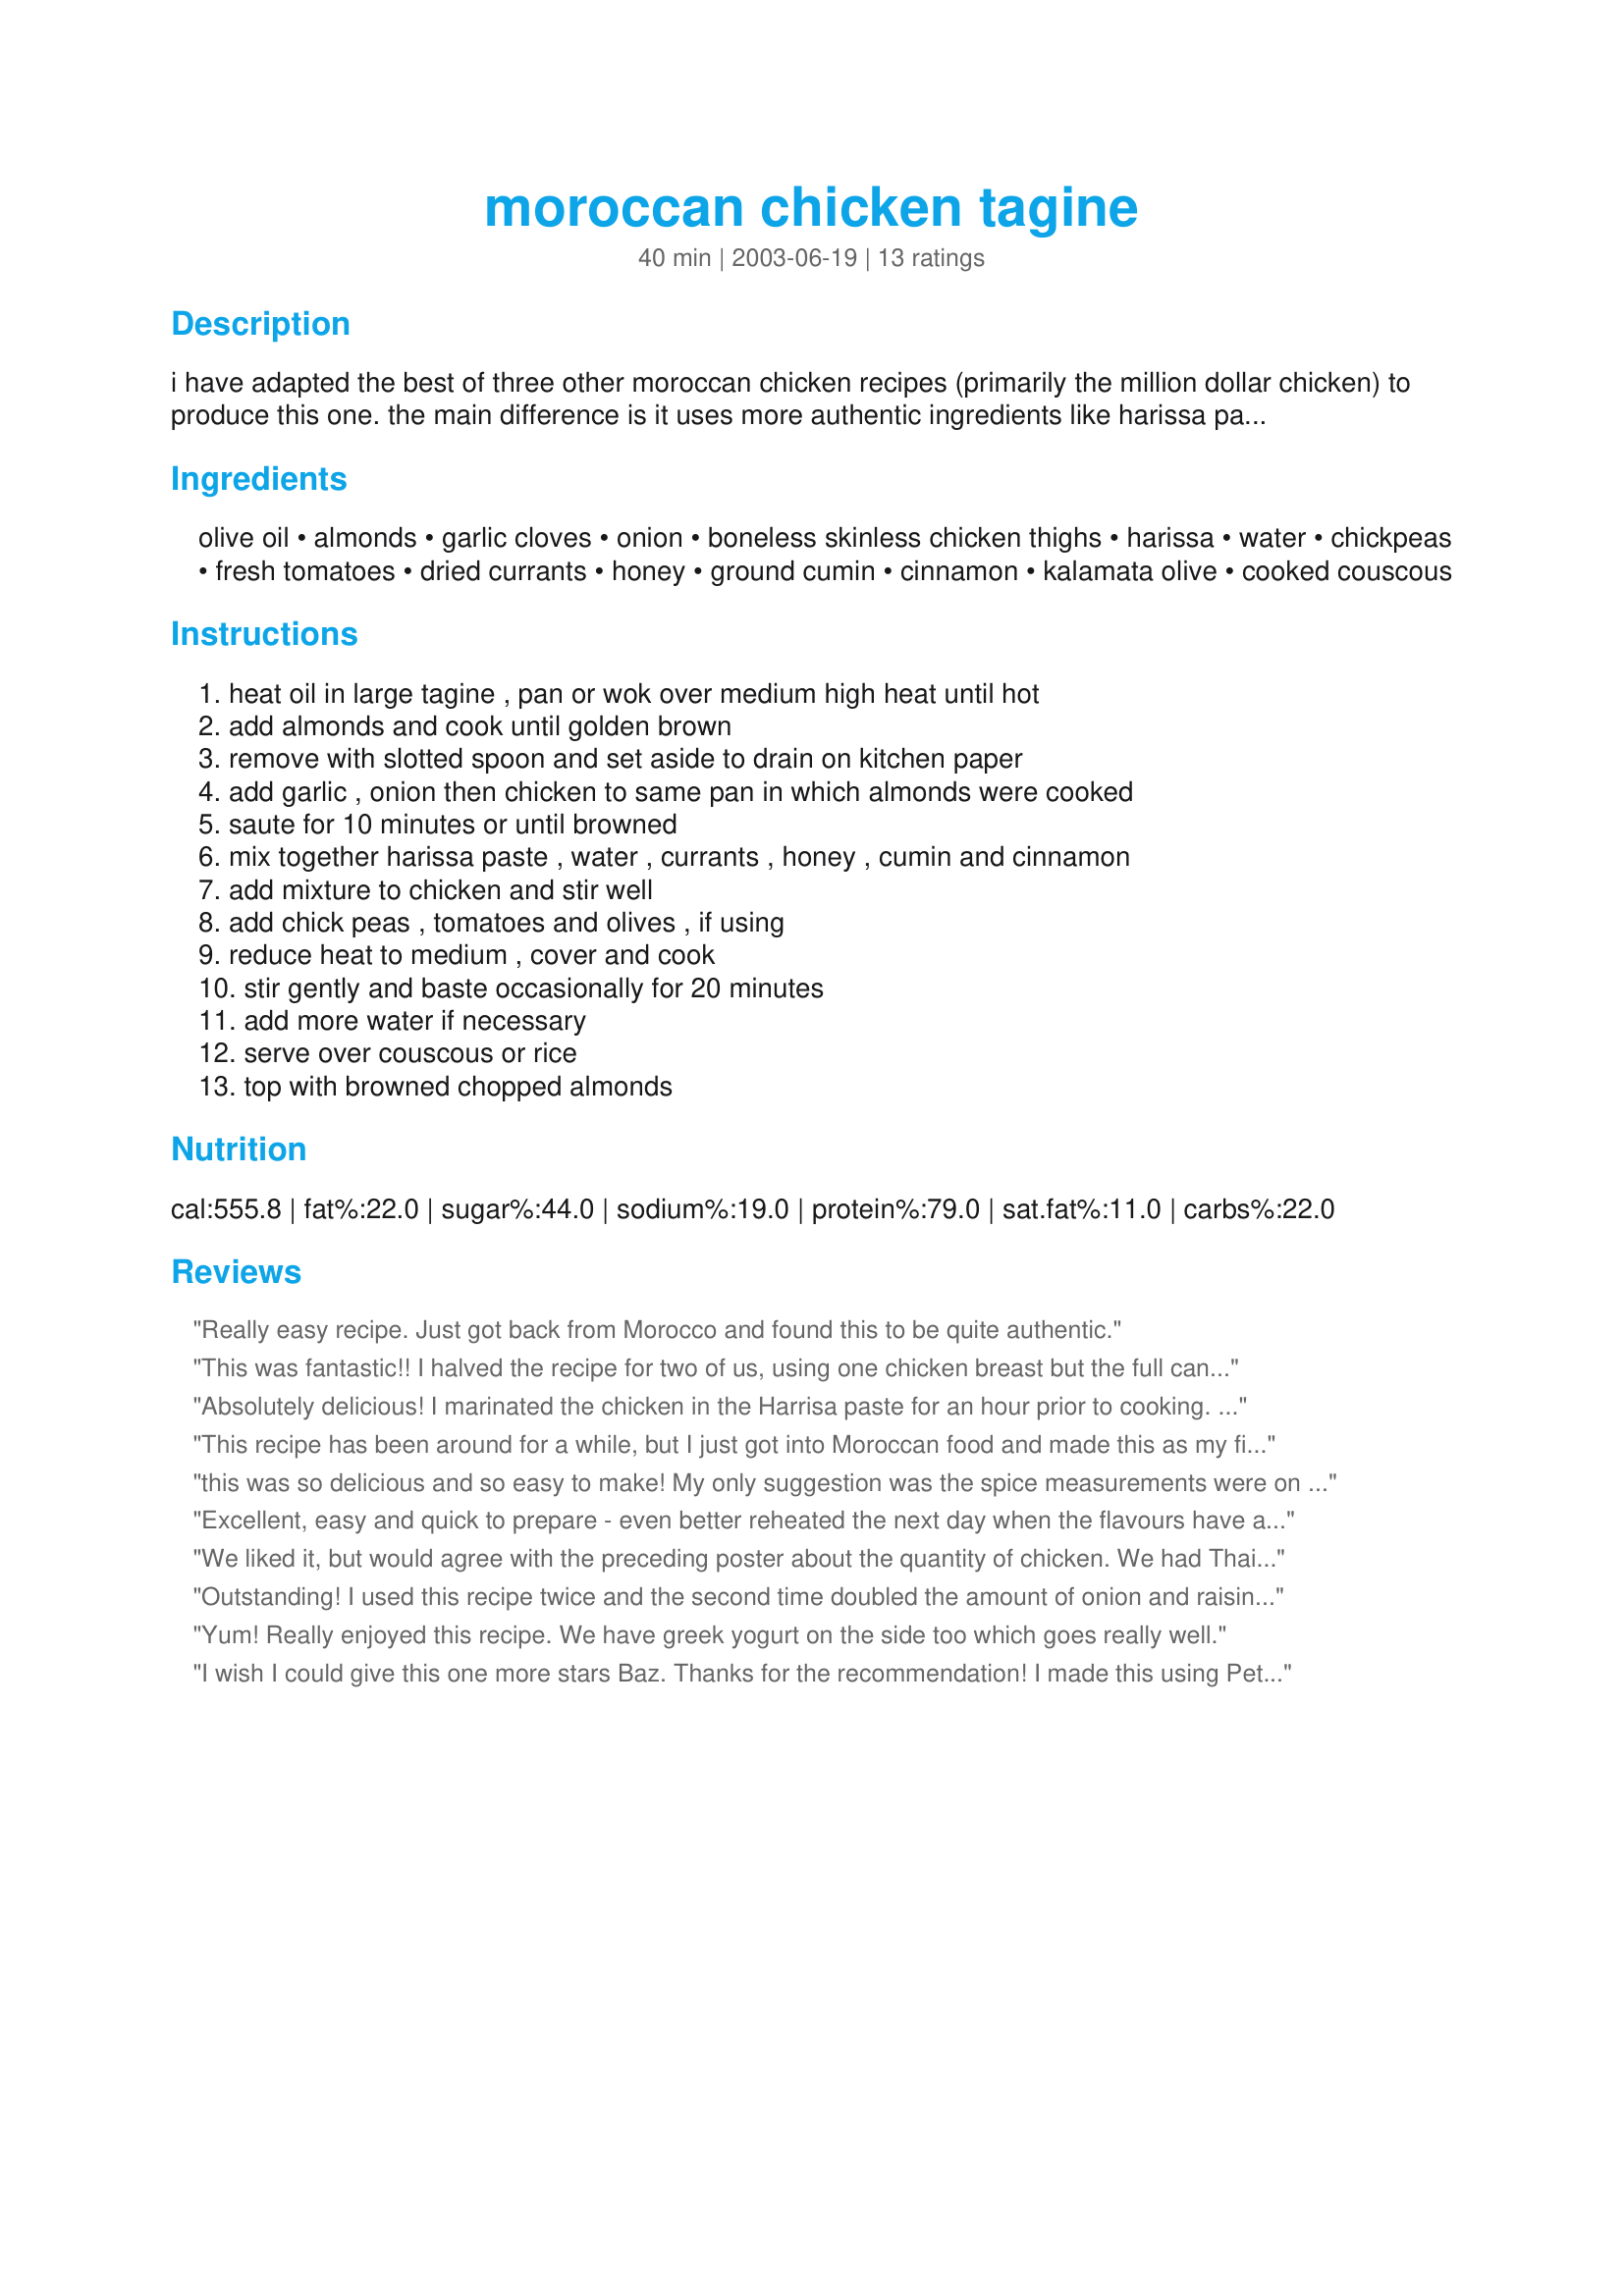
moroccan chicken tagine
Preparation time: 40 minutes

i have adapted the best of three other moroccan chicken recipes (primarily the million dollar chicken) to produce this one. the main difference is it uses more authentic ingredients like harissa paste, onions and chick peas. this is now one of my favourite dishes.

Ingredients:
olive oil, almonds, garlic cloves, onion, boneless skinless chicken thighs, harissa, water, chickpeas, fresh tomatoes, dried currants, honey, ground cumin, cinnamon, kalamata olive, cooked couscous

Steps:
heat oil in large tagine , pan or wok over medium high heat until hot, add almonds and cook until golden brown, remove with slotted spoon and set aside to drain on kitchen paper, add garlic , onion then chicken to same pan in which almonds were cooked, saute for 10 minutes or until browned, mix together harissa paste , water , currants , honey , cumin and cinnamon, add mixture to chicken and stir well, add chick peas , tomatoes and olives , if using, reduce heat to medium , cover and cook, stir gently and baste occasionally for 20 minutes, add more water if necessary, serve over couscous or rice, top with browned chopped almonds

Reviews:
Really easy recipe. Just got back from Morocco and found this to be quite authentic.
This was fantastic!! I halved the recipe for two of us, using one chicken breast but the full can of chickpeas. Left out the currants (not a fan of them in savoury dishes) and added a bit of lemon juice. Served sprinkled with parsley as well as the almonds with garlic couscous and it was gone in record time! This has gone into the "five star plus must make again" file - thanks so much for the recipe!
Absolutely delicious! I marinated the chicken in the Harrisa paste for an hour prior to cooking. I used Charmane Solomans Harissa paste and used half the jar. (I like spice)

I browned the chicken pieces in 2 tbl spoons of olive oil removed and cleaned pan then added additional tbl of harissa to the pan with the remaining indegriendents and cooked on a slow heat for an hour. Served with your couscous recipe and yogurt, with cucumber, cumin, mint and lemon juice.
This recipe has been around for a while, but I just got into Moroccan food and made this as my first attempt. Made my own harissa from another recipe on this site. We are big Indian food / curry fans but had never had this type of food. The house smelled divine while this was cooking. Oh my, great flavors! This is a winner and a keeper for us.
this was so delicious and so easy to make! My only suggestion was the spice measurements were on the conservative side - I'd add more next time but this was a wonderfully flavorful recipe! Thank you!
Excellent, easy and quick to prepare - even better reheated the next day when the flavours have a chance to blend fully.
We liked it, but would agree with the preceding poster about the quantity of chicken. We had Thai chili paste at hand and cautiously only added 3/4 tablespoon of it, which proved a wise move.
Tasted great the next day, when I added a bit of sour cream and lemon juice to it as well.

Bit fiddly with 3 kids running about underfoot but great overall.
Cas
Outstanding! I used this recipe twice and the second time doubled the amount of onion and raisins, and it turned out even better. The house smelled amazing while I was cooking this. A definite keeper.
Yum! Really enjoyed this recipe. We have greek yogurt on the side too which goes really well.
I wish I could give this one more stars Baz. Thanks for the recommendation! I made this using Peter Watson Harissa (for any Aussies out there) and as I was unsure of it's strength, I used only 6 teaspoons. Next time I'll use the full 2 metric tablespoons!. The only change I made to this recipe was to add 1 teaspoon of salt and to use only enough chicken for the two of us whilst keeping the sauce ingredients the same. 
We ate this over cous cous flavoured with chicken stock and shredded preserved lemon. I will be making this again, and next time I'll sprinkle a half a handful of chopped fresh parsley over it at the end.
A huge hit at dinner party. Fabulous flavor. Will make often.
I used a small can of harissa paste from Tunisa (about 4 or 5 tablespoons in a double everything in the recipe for 8 people) and it was eagerly consumed by the folk I made it for - not even a stain left on a plate!
I was realllly nervous when cooking this, because I thought the 'sauce' preparation looked weak, with the amount of water, and DH and I do not like our food weak. I was totally worried for nothing. Never had harissa before, was SO excited to try this recipe once I got my hands on some harissa and we were not disappointed. DELICIOUS. Very simple prep as well. I did a full tsp of cumin and a teensy bit extra harissa (fear of the weak sauce) and I also added salt. Used less chicken as another reviewer did. Can't wait to make it again. FANTASTIC.
